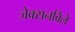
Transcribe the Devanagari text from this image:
जेक्सनविले